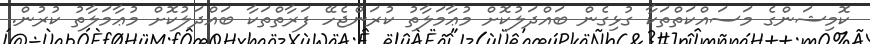
ކޮމިޝަންގެ މަސައްކަތްތަކާ ގުޅިގެން ބައްދަލުކޮށް މުޢާމަލާތު ކުރަންޖެހޭ ފަރާތްތަކާ ބައްދަލުކޮށް މުޢާމަލާތު ކުރުން.